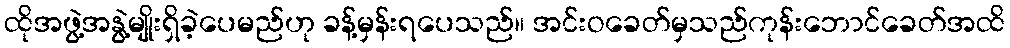
ထိုအဖွဲ့အနွဲ့မျိုးရှိခဲ့ပေမည်ဟု ခန့်မှန်းရပေသည်။ အင်းဝခေတ်မှသည်ကုန်းဘောင်ခေတ်အထိ